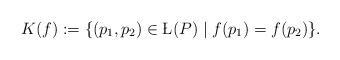
LaTeX: \begin{align*}K(f):=\{(p_1, p_2)\in \L(P)\mid f(p_1)=f(p_2)\}. \end{align*}